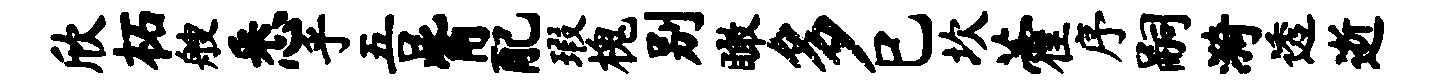
欣柘艘悉乎吾觜配瑕槐别瞰多巳坎藿序嗣漪透逝